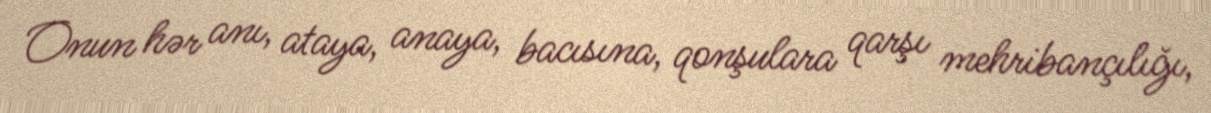
Onun hər anı, ataya, anaya, bacısına, qonşulara qarşı mehribançılığı,